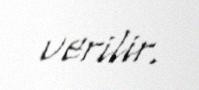
verilir.